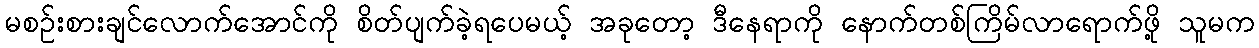
မစဉ်းစားချင်လောက်အောင်ကို စိတ်ပျက်ခဲ့ရပေမယ့် အခုတော့ ဒီနေရာကို နောက်တစ်ကြိမ်လာရောက်ဖို့ သူမက